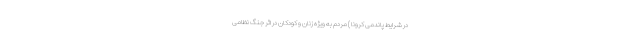
در شرایط پاندمی کرونا ) مردم به ویژه زنان و کودکان در اثر جنگ نظامی